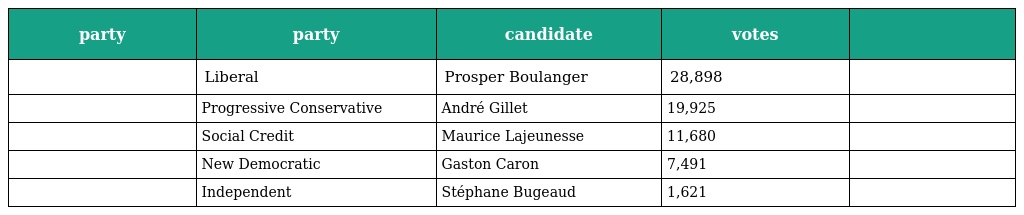
| party | party | candidate | votes |  |
 | --- | --- | --- | --- | --- |
 |  | Liberal | Prosper Boulanger | 28,898 |  |
 |  | Progressive Conservative | André Gillet | 19,925 |  |
 |  | Social Credit | Maurice Lajeunesse | 11,680 |  |
 |  | New Democratic | Gaston Caron | 7,491 |  |
 |  | Independent | Stéphane Bugeaud | 1,621 |  |